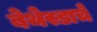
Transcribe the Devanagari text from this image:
बेथेस्डाचे